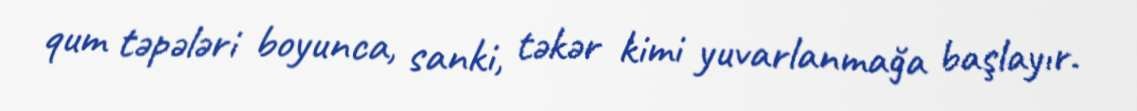
qum təpələri boyunca, sanki, təkər kimi yuvarlanmağa başlayır.